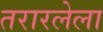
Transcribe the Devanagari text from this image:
तरारलेला